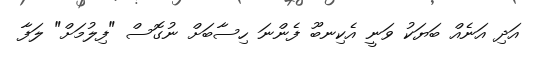
އަދި އަނެއް ބަޔަކު ވަނީ އެކިނބޫ ފެންނަ ހިސާބަށް ނުގޮސް "ފިލުމަށް" ލަފާ